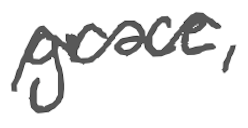
Text: grace,
Cross-out: wave
Writing tool: digital_gray